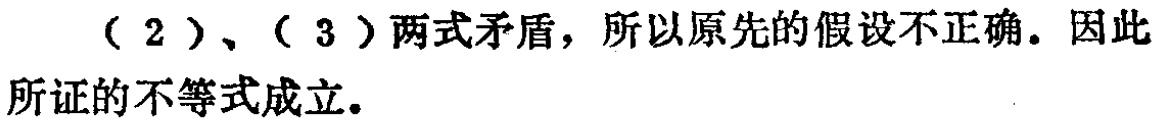
（2）、（3）两式矛盾，所以原先的假设不正确。因此所证的不等式成立。